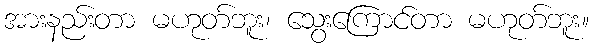
အားနည်းတာ မဟုတ်ဘူး၊ သွေးကြောင်တာ မဟုတ်ဘူး။